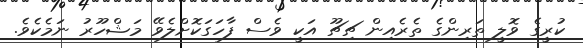
ކުރީގެ ވޮލީ ތަރިންގެ ތެރެއިން ޗިޗޫ އަކީ ވެސް ފާހަގަކޮށްލެވޭ މަޝްހޫރު ނަމެކެވެ.